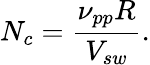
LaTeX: N_{c}=\frac{\nu_{pp}R}{V_{sw}}.